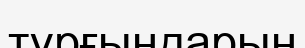
тұрғындарын